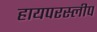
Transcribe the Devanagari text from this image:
हायपरस्लीप